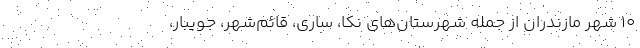
۱۰ شهر مازندران از جمله شهرستان‌های نکا، ساری، قائم‌شهر، جویبار،